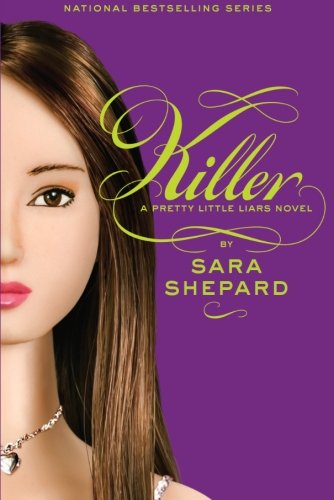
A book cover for Killer (Pretty Little Liars, Book 6); Sara Shepard; Teen & Young Adult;